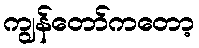
ကျွန်တော်ကတော့